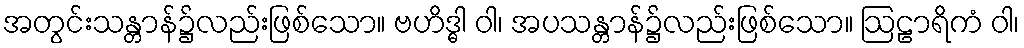
အတွင်းသန္တာန်၌လည်းဖြစ်သော။ ဗဟိဒ္ဓါ ဝါ၊ အပသန္တာန်၌လည်းဖြစ်သော။ ဩဠာရိကံ ဝါ၊